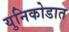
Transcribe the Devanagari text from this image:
युनिकोडात